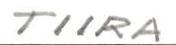
TIIRA